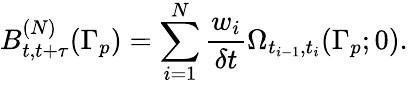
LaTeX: B_{t,t+\tau}^{(N)}(\Gamma_{p})=\sum_{i=1}^{N}\frac{w_{i}}{\delta t}\Omega_{t_{i-1},t_{i}}(\Gamma_{p};0).